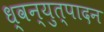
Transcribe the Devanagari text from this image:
ध्वन्युत्पादन